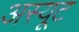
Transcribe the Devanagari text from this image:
अस्यूट